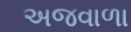
અજવાળા